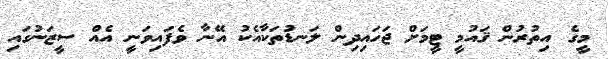
މީގެ އިތުރުން ޤައުމީ ޓީމަށް ޖަހައިދިން ލަނޑުތަކާއެކު އޭނާ ވެފައިވަނީ އެއް ސީޒަނުގައި